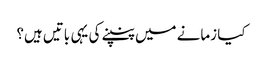
کیا زمانے میں پنپنے کی یہی باتیں ہیں؟